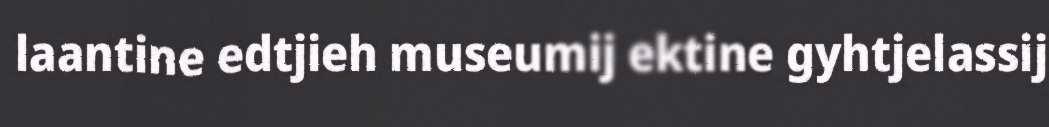
laantine edtjieh museumij ektine gyhtjelassij